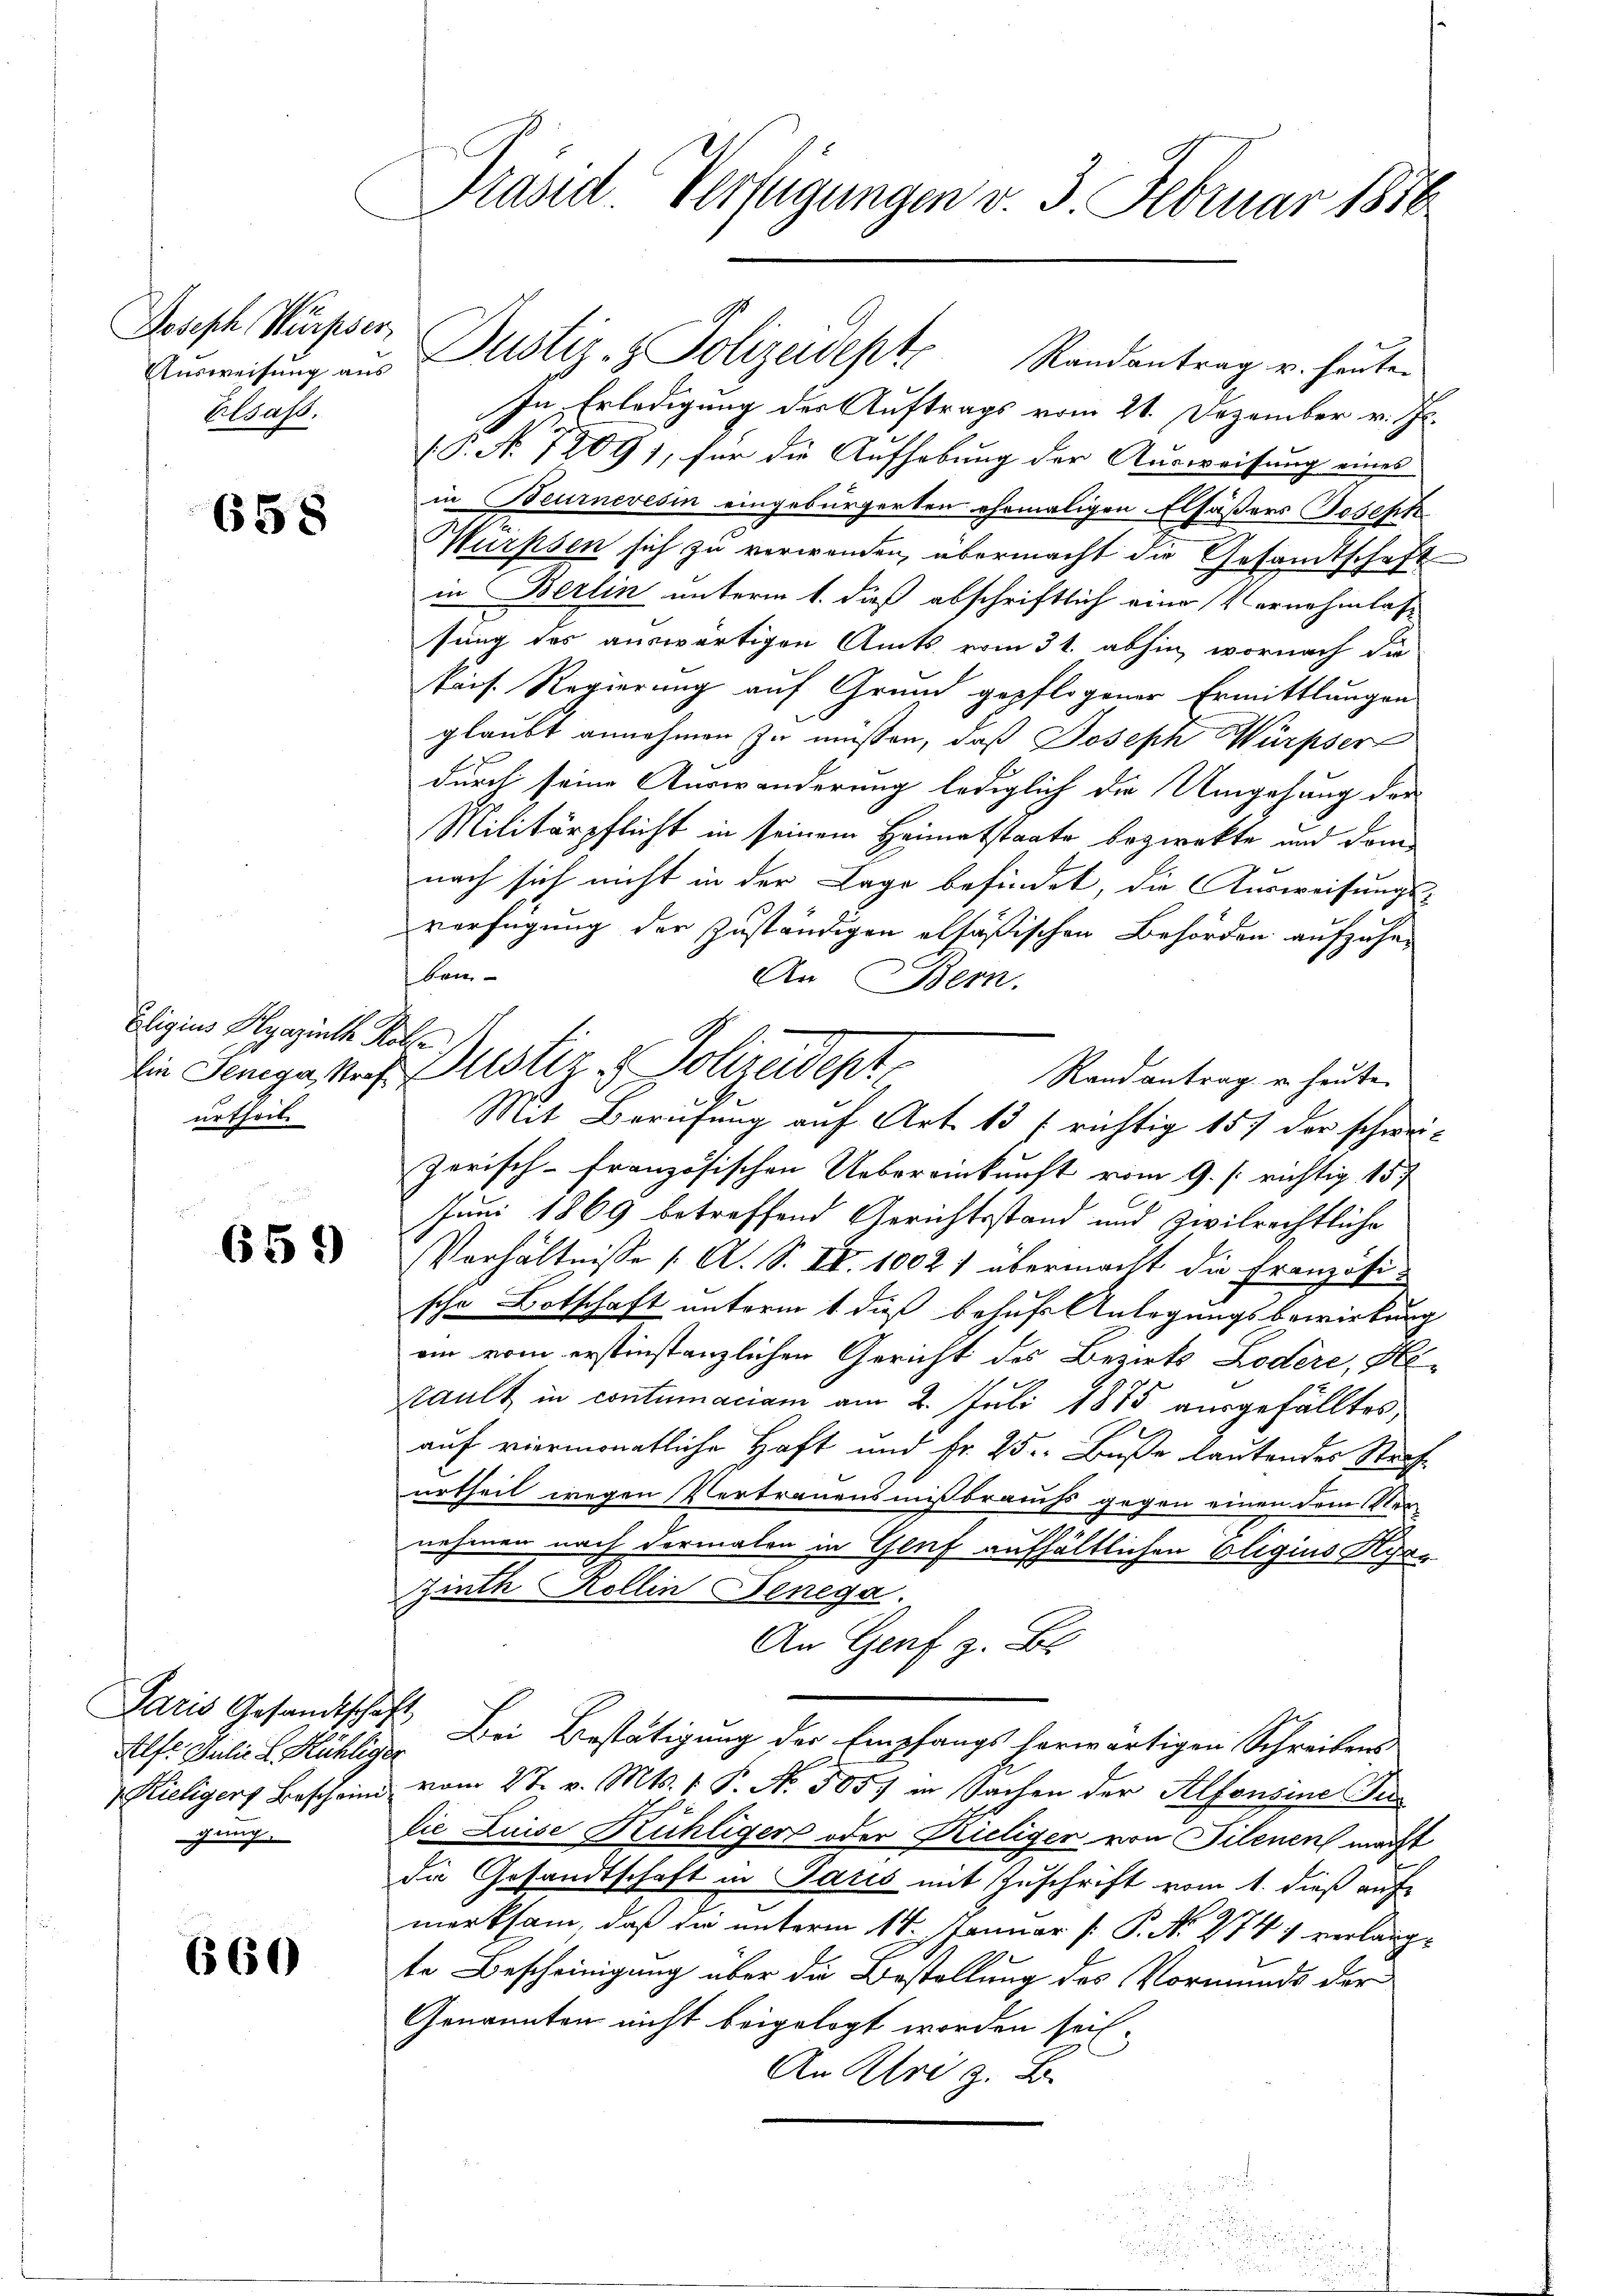
Joseph Würpser
Ausweisung aus
Elsass.

658

Eligius Hlyazinth Kolle
urtheil

Paris Gesandtschaft
gung.

660

659)

Präsid. Verfügungen v. 3. Februar 1856

Randantrag u. heuten
In Erledigung der Auftrags vom 21. Dezember v. Js.
(P. No 1091, für die Aufhebung der Ausweisung eines
in Beurnevesin eingebürgerten ehemaligen Elsässers Joseph
Wurpsen sich zu verwenden, übermacht die Gesandtschaft
in Berlin unterm 1. dieß abschriftlich eine Vornehmlassung des auswärtigen Amts vom 31. abhin, wornach die
tris. Regierung auf Grund gepflogener Ermittlungen
glaubt annehmen zu müssen, daß Joseph Würpser
durch seine Auswanderung lediglich die Umgehung der
Militärpflicht in seinem Heimatstaate bezweckte und dem
nach sich nicht in der Lage befindet, die Ausweisungs-
verfügung der zuständigen elsäßischen Behörden aufzuheben-
An Bern.
Randantrag u. heute
Mit Berufung auf Art. 13 f richtig 157 der schwei-
zerisch-Französischen Uebereinkunft vom 9. [ richtig 157
Juni 1869 betreffend Gerichtsstand und zivilrechtliche
Verhältnisse 1. A. S. II. 1002) übermacht die Französische Botschaft unterm 1 dieß behufs Anlegungsbewirkung
ein vom erstinstanzlichen Gericht des Bezirks Lodère, Hetault in contumaciam am 2. Juli 1875 ausgefälltes
auf viermonatliche Haft und Fr. 25. Buße lautendes Strafurtheil wegen Vertrauensmißbrauchs gegen einen dem Vernehmen nach dermalen in Genf aufhältlichen Oligius Ra¬
Zinth Kollin Jenega
An Genf z. B.
Alf. Julie L. Kühlige Bei Bestätigung der Empfangs herwärtigen Schreibens
 Kieligers Beschein vom 2t. v. Mts. 1. P. Nr. 505 in Sachen der Alfonsine Su
die Luise Kühliger oder Kieliger von Filenen macht
die Gesandtschaft in Paris mit Zuschrift vom 1. dieß auf
merksam, daß die unterm 14. Januar [ P. No. 274, verlangte Bescheinigung über die Bestellung des Vormunds der
Genannten nicht beigelegt worden sei.
An Uri z. B.

Dustiz- & Polizeidept

die Jenige Nach Justiz & Polizeidept